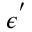
\- \mathcal { \epsilon } ^ { ' }